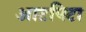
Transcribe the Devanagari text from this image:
आटपिटा